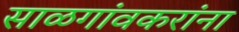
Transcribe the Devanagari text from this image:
साळगांवकरांना